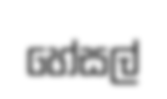
හේසල්